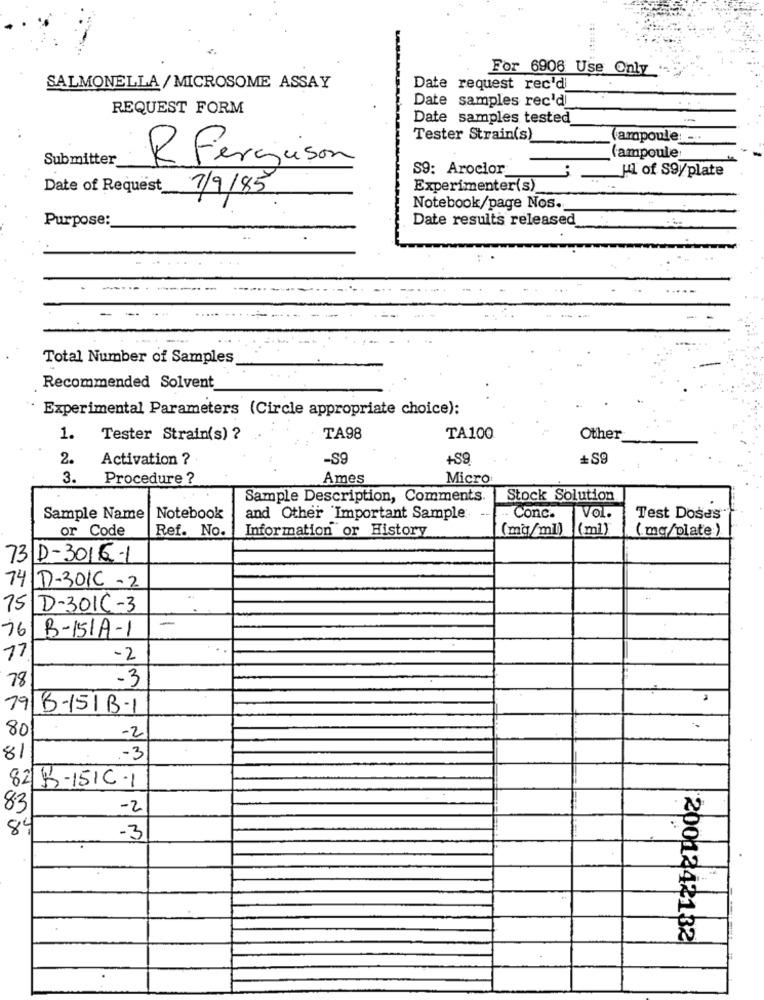
For 6906 Use Only
SALMONELLA/ MICROSOME ASSAY
Date request rec'd
Date samples rec'd
REQUEST FORM
Date samples tested
Tester Strain(s)
ampoule: -..
Submitter
R Ferguson
ampoule
S9: Arocior
HI of S9/plate
Date of Request
Experimenter(s)
7/9/85
Notebook/page Nos.
Date results released
Purpose:
Total Number of Samples
Recommended Solvent
Experimental Parameters (Circle appropriate choice):
1.
Tester Strain(s) ?
TA98
TA100
Other
2.
Activation ?
-S9
+S9
+S9
3.
Procedure ?
Ames
Micro
Sample Description, Comments.
Stock Solution
Sample Name | Notebook
and Other Important Sample
. Conc.
Vol.
Test Doses*
or Code
Ref. No.
Information or History
(mg/ml)
(mi)
( mg/plate ).
73 D-3016-1
74 1-301C -2
75 D-301C-3
76
B-151A-1
17
-2
78
-3
79 B-151B-1
80
-2
81
.- 3
8212-151C.1
83
-2
89
-3
2001242132